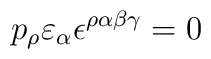
p_{\rho}\varepsilon_{\alpha}\epsilon^{\rho \alpha \beta \gamma} = 0